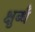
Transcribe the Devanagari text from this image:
क्षुब्धँ